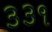
૩૩૧